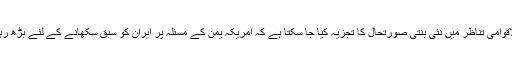
بین الاقوامی تناظر میں نئی بنتی صورتحال کا تجزیہ کیا جا سکتا ہے کہ امریکہ یمن کے مسئلہ پر ایران کو سبق سکھانے کے لئے بڑھ رہا ہے۔